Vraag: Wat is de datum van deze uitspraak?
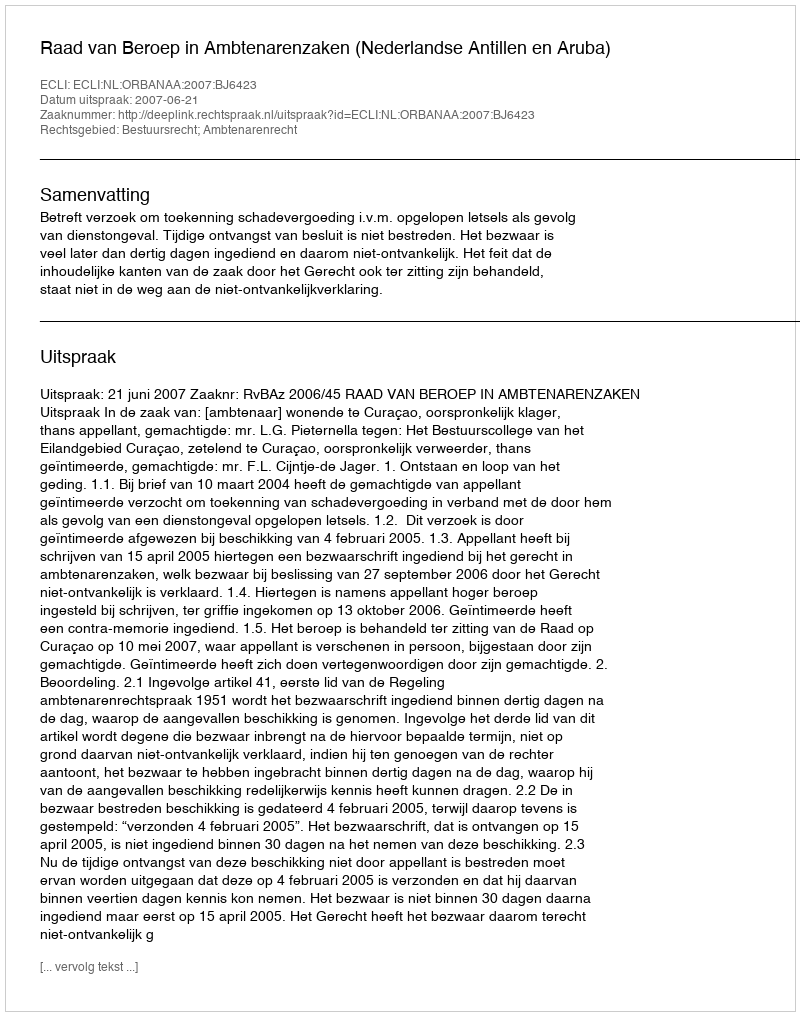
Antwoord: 2007-06-21